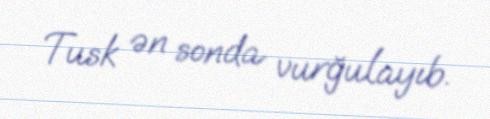
Tusk ən sonda vurğulayıb.